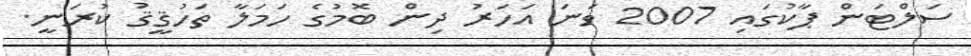
ސަލްޓަން ޕާކުގައި 2007 ވަނަ އަހަރު ދިން ބޮމުގެ ހަމަލާ ތަހުޤީޤު ކުރަނީ.